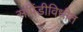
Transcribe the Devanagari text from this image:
सपिंडीविधीत